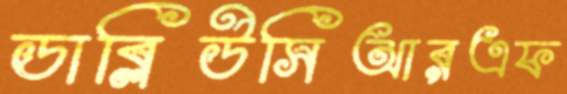
ডাব্লিউসিআরএফ